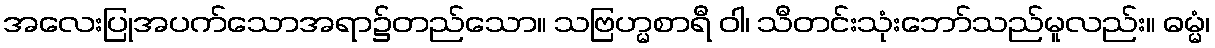
အလေးပြုအပက်သောအရာ၌တည်သော။ သဗြဟ္မစာရီ ဝါ၊ သီတင်းသုံးဘော်သည်မူလည်း။ ဓမ္မံ၊